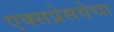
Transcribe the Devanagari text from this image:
एक्सप्रेसवेचा